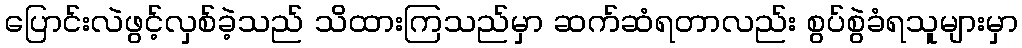
ပြောင်းလဲဖွင့်လှစ်ခဲ့သည် သိထားကြသည်မှာ ဆက်ဆံရတာလည်း စွပ်စွဲခံရသူများမှာ